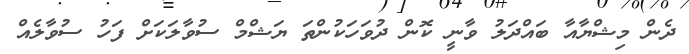
ދެން މިޝްޔާއާ ބައްދަލު ވާނީ ކޮން ދުވަހަކުންތަ ޔަޝްމް ސުވާލަކަށް ފަހު ސުވާލެއް